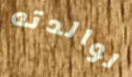
لوالدته